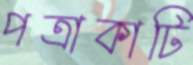
পত্রাকাটি